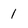
Character: 1